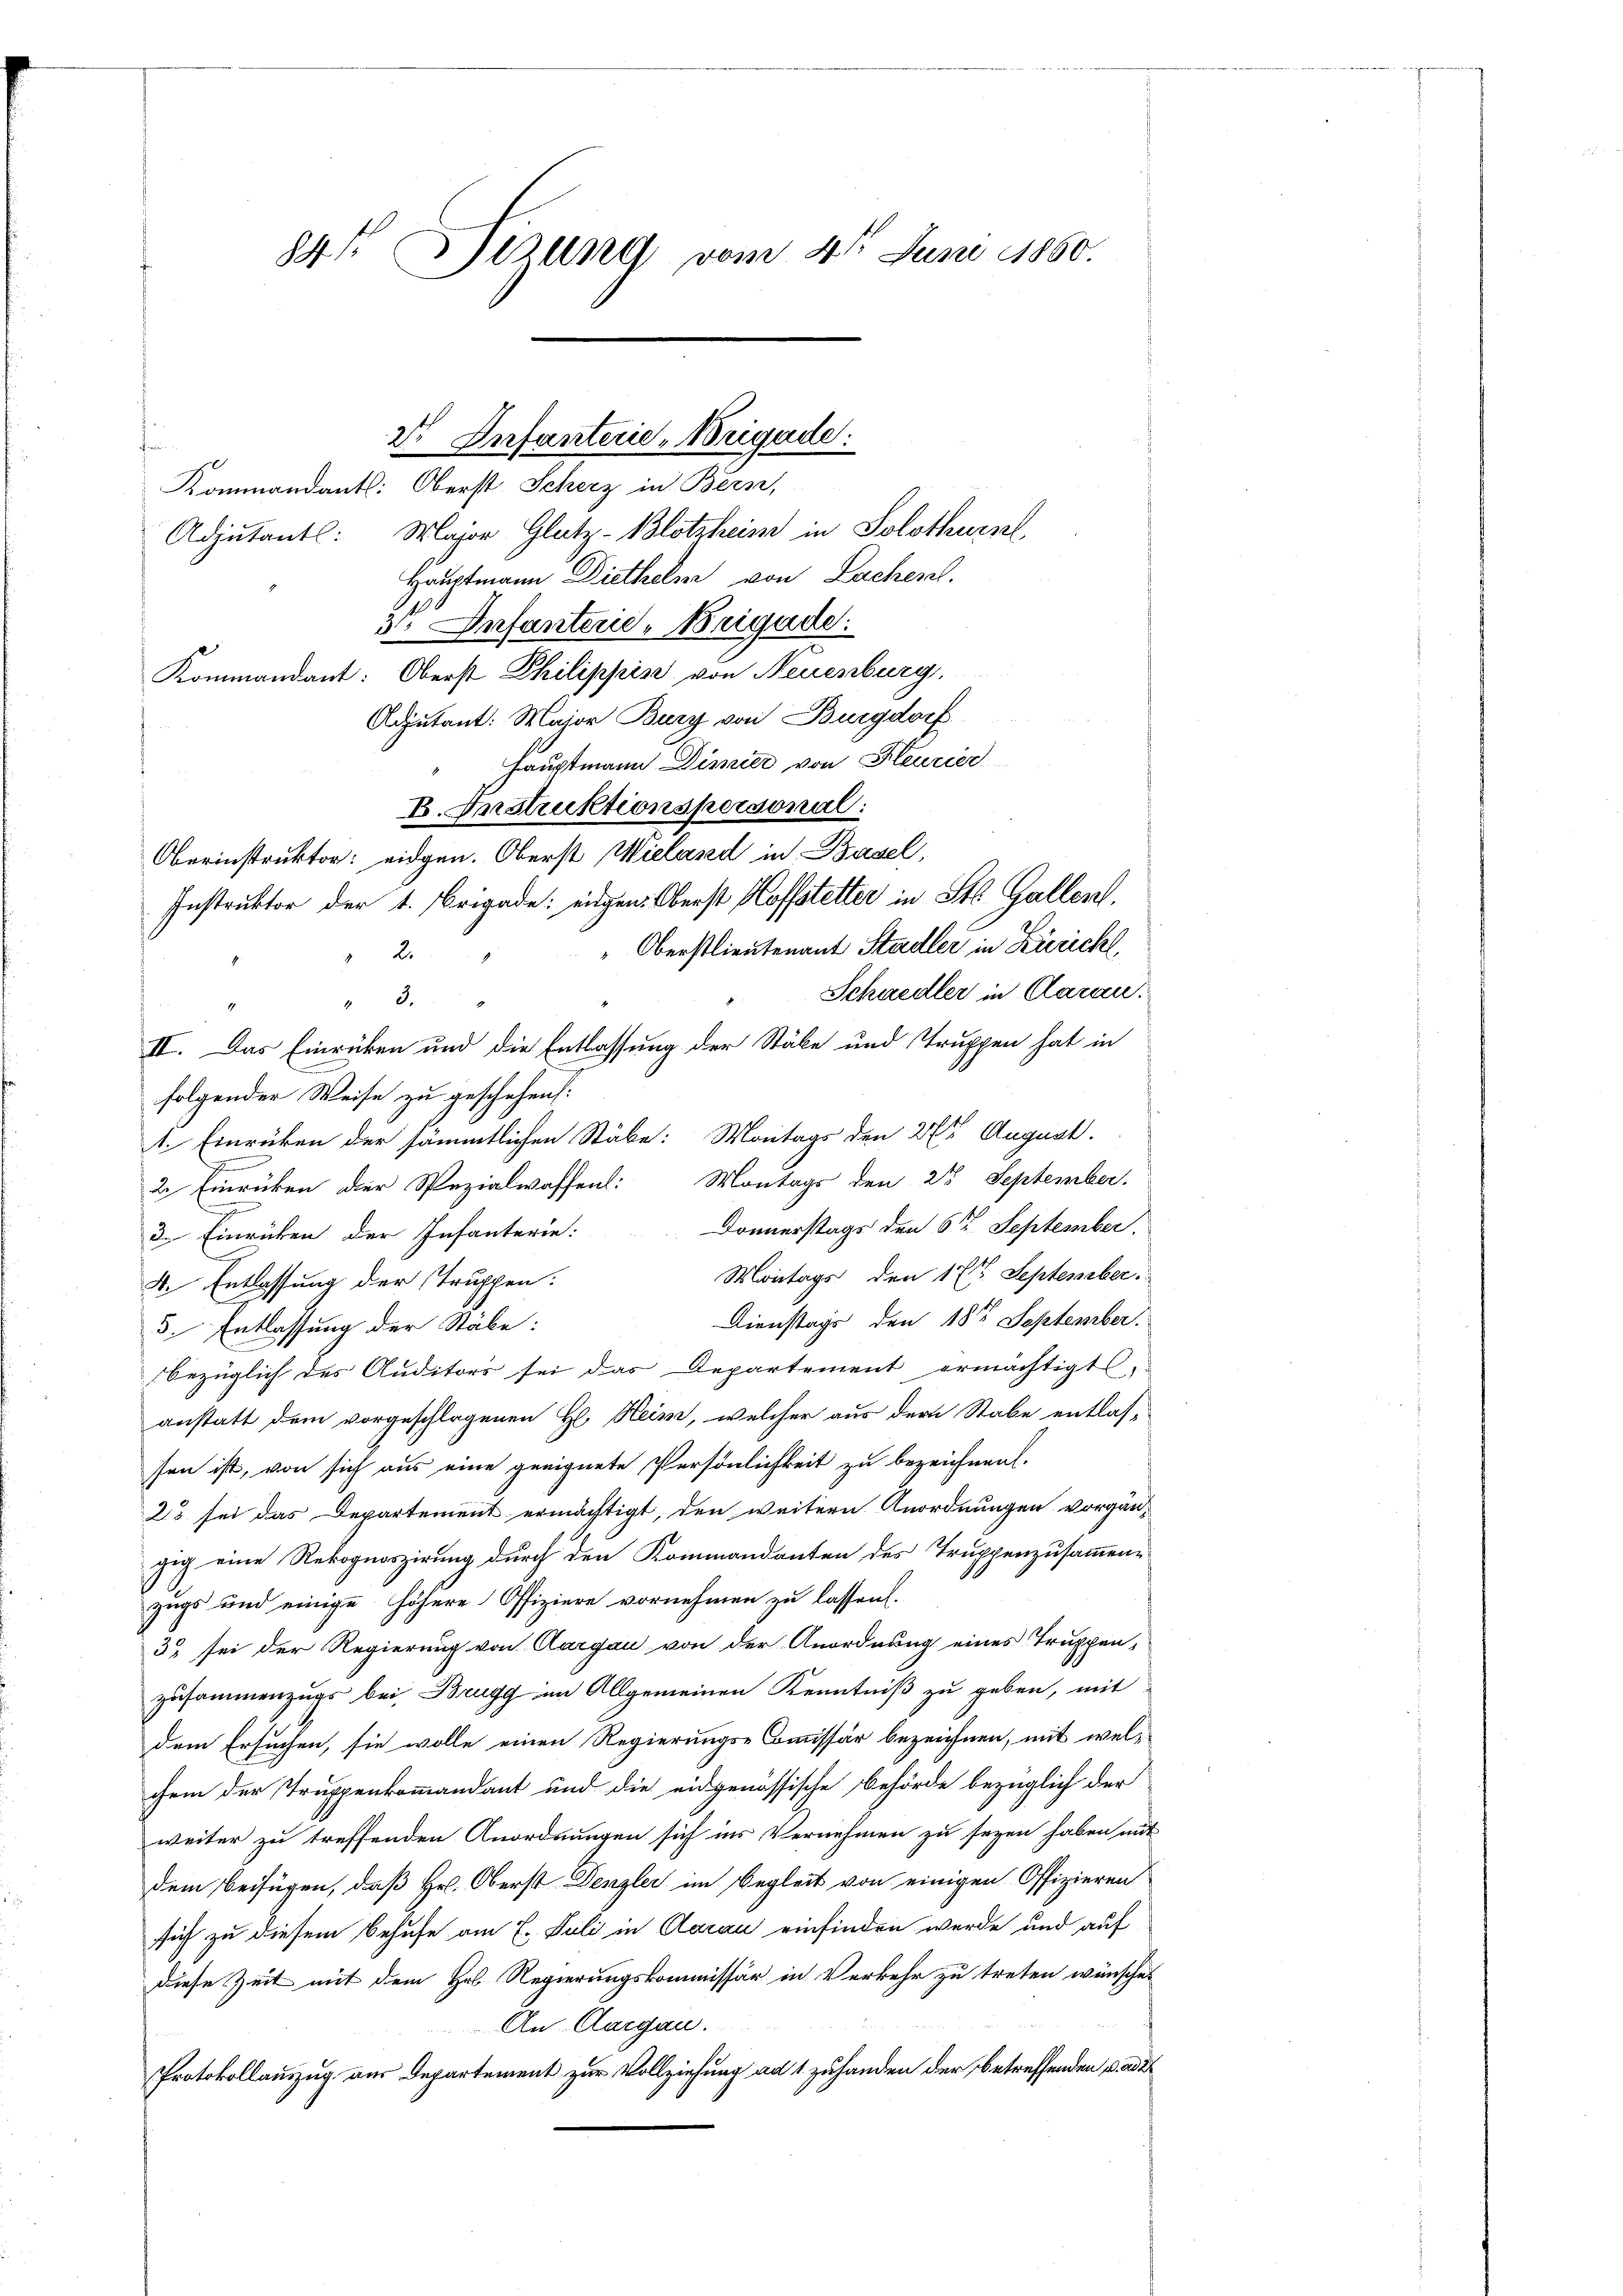
84t Sizung vom 4t Juni 1860.

s
Kommandants: Oberst Scherz in Bern,
Adjutantl: Major Glutz-Blotzheim in Solothurn,
Hauptmann Diethelm von Lachen.
3: Infanten-Brigade.
Kommandant: Oberst Philippin von Neuenburg.
Adjutant: Major Bury von Burgdorf
Hauptmann Dimier von Heurier
B. Instruktionspersonal:
Oberinstruktor eidgen. Oberst Wieland in Basel,
Instruktor der 1. Brigade: eidgen. Oberst Hoffstetter in St. Gallen,
Oberstlieutenant Stadler in Zürich,
2
Schiedler in Aarau.
3.
1.
II. Das Einrücken und die Entlassung der Stäbe und Truppen hat in
folgender Weise zu geschehen:
1. Einrücken der sämmtlichen Stäbe: Montags den 27 t August.
2. Einrücken der Spezialwaffen: Montags den 28 September.
Donnerstags den 6ten September.
3. Einrücken der Infanterie:
Montags den 17. September.
d. Entlassung der Truppen.
Dienstags den 18te September.
5. Entlassung der Stäbe:
bezüglich des Auditors sei das Departement ermächtigt,
anstatt dem vorgeschlagenen H. Heim, welcher aus der Stabe entlas-
sen ist, von sich aus eine geeignete Persönlichkeit zu bezeichnen.
23 sei das Departement ermächtigt, den weitern Anordnungen vorgän-
gig eine Rekognoszirung durch den Kommandanten des Truppenzusammenzugs und einige höhere Offiziere vornehmen zu lassen.
3) sei der Regierung von Aargau von der Anordnung eines Truppen-
zusammenzugs bei Brugg im Allgemeinen Kenntniß zu geben, mit
dem Ersuchen, sie wolle einen Regierungs-Commissär bezeichnen, mit welchem der Truppenkommandant und die eidgenössische Behörde bezüglich der
weiter zu treffenden Anordnungen sich ins Vernehmen zu seyen haben mit
dem beifügen, daß Hr. Oberst Denzler im Begleit von einigen Offizieren
sich zu diesem Behufe am 1. Juli in Aarau einfinden werde und auf
diese Zeit mit dem Hel Regierungskommissär in Verkehr zu treten wünschet
An Aargau.
Protokollauszug aus Departement zur Vollziehung an 1 zuhanden der betreffenden Bader

2r Infanterie-Brigade: